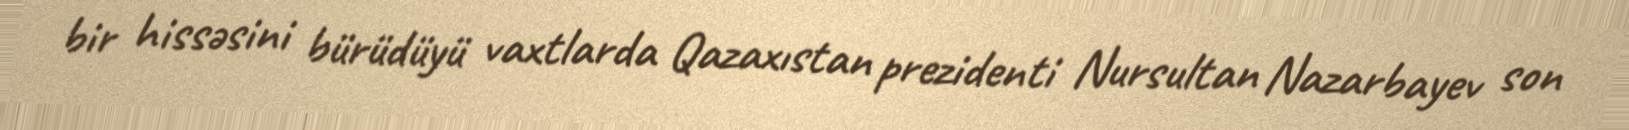
bir hissəsini bürüdüyü vaxtlarda Qazaxıstan prezidenti Nursultan Nazarbayev son